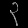
Digit: ၃